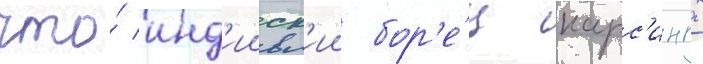
что́ инд'ииск'ии бор'е́ц нарс'ингх